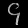
Digit: ၄